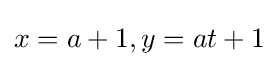
x=a+1,y=at+1